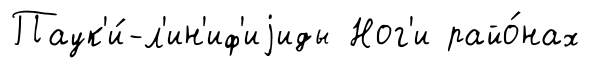
Паук'и́-л'ин'иф'иjиды Ног'и райо́нах